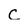
Character: C